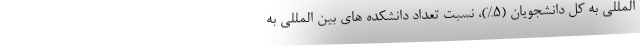
المللی به کل دانشجویان (5%)، نسبت تعداد دانشکده های بین المللی به